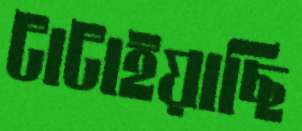
টাটাইয়াছি